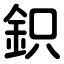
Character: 鉙